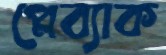
প্লেব্যাক